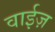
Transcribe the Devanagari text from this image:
वाईज़